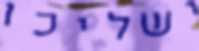
ישליכו